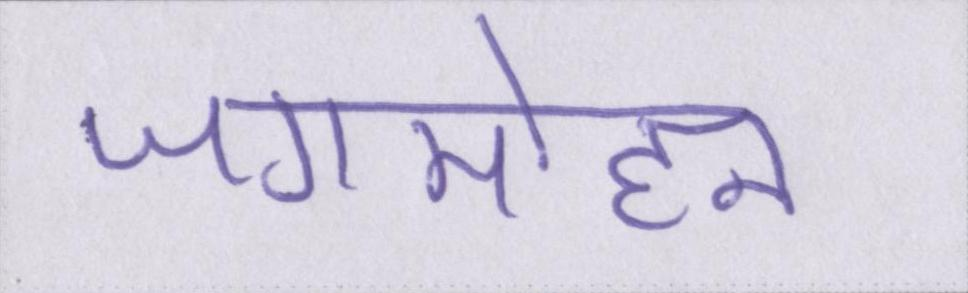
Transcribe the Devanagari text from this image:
जगमोहन